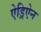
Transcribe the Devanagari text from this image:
ऐड्रिऐन